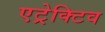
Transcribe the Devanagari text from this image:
एट्रेक्टिव